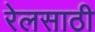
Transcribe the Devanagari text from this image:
रेलसाठी